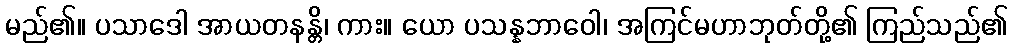
မည်၏။ ပသာဒေါ အာယတနန္တိ၊ ကား။ ယော ပသန္နဘာဝေါ၊ အကြင်မဟာဘုတ်တို့၏ ကြည်သည်၏